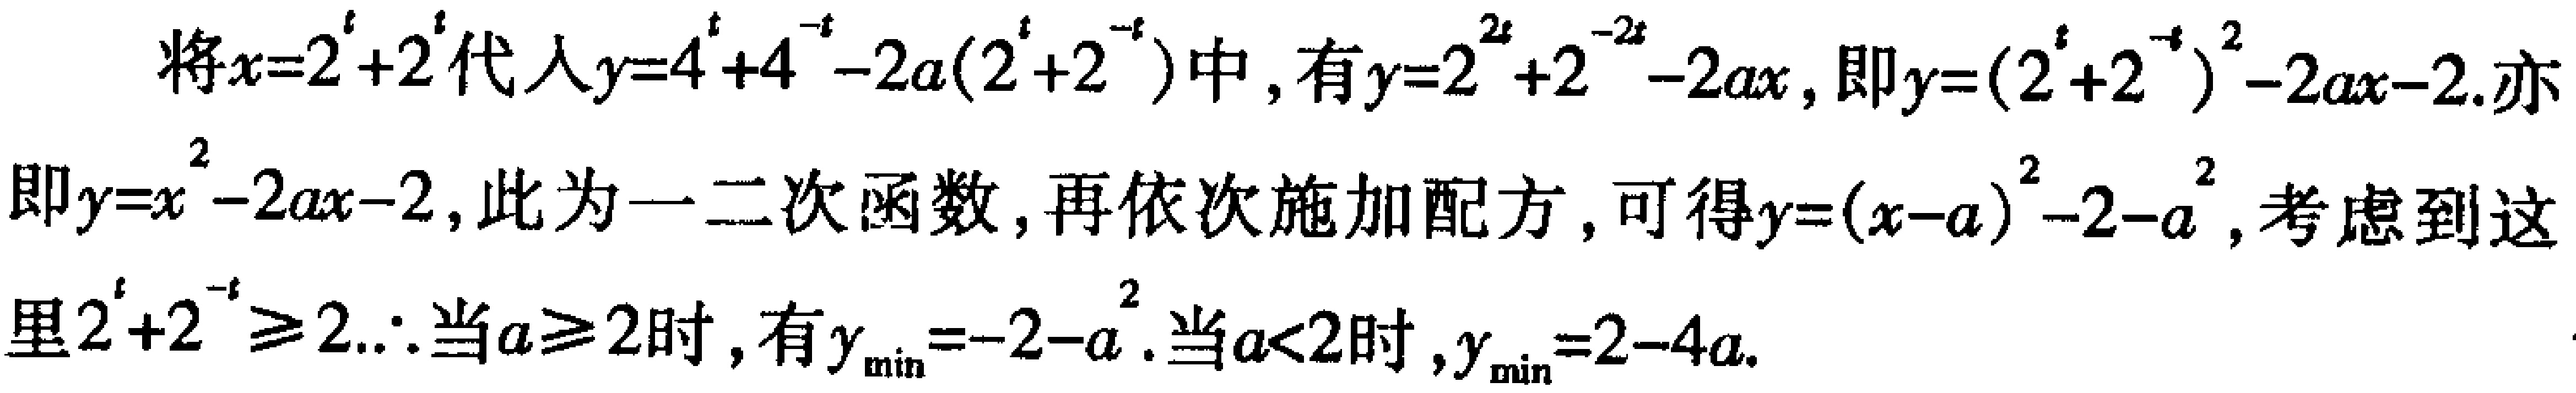
将\(x = 2^{t}+2^{-t}\)代入\(y = 4^{t}+4^{-t}-2a(2^{t}+2^{-t})\)中，有\(y = 2^{2t}+2^{-2t}-2ax\)，即\(y=(2^{t}+2^{-t})^{2}-2ax - 2\). 亦

即\(y = x^{2}-2ax - 2\)，此为一二次函数，再依次施加配方，可得\(y=(x - a)^{2}-2 - a^{2}\)，考虑到这

里\(2^{t}+2^{-t}\geq2\).\(\therefore\)当\(a\geq2\)时，有\(y_{\min}=-2 - a^{2}\). 当\(a < 2\)时，\(y_{\min}=2 - 4a\).